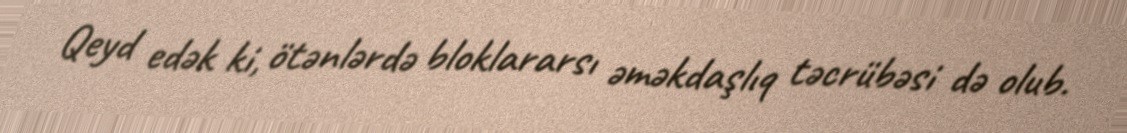
Qeyd edək ki, ötənlərdə bloklararsı əməkdaşlıq təcrübəsi də olub.